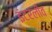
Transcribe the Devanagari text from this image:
इंटरलीव